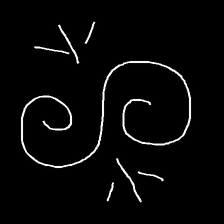
Glyph: wind-directs-air